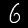
Label: 6